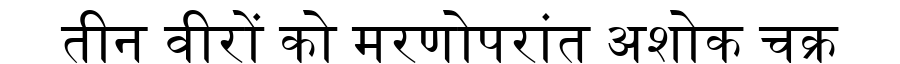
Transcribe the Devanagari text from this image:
तीन वीरों को मरणोपरांत अशोक चक्र